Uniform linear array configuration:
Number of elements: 32
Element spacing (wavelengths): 0.75
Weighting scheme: binomial
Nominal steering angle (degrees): -15
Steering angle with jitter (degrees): -14.09
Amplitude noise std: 0.05
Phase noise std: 0.05

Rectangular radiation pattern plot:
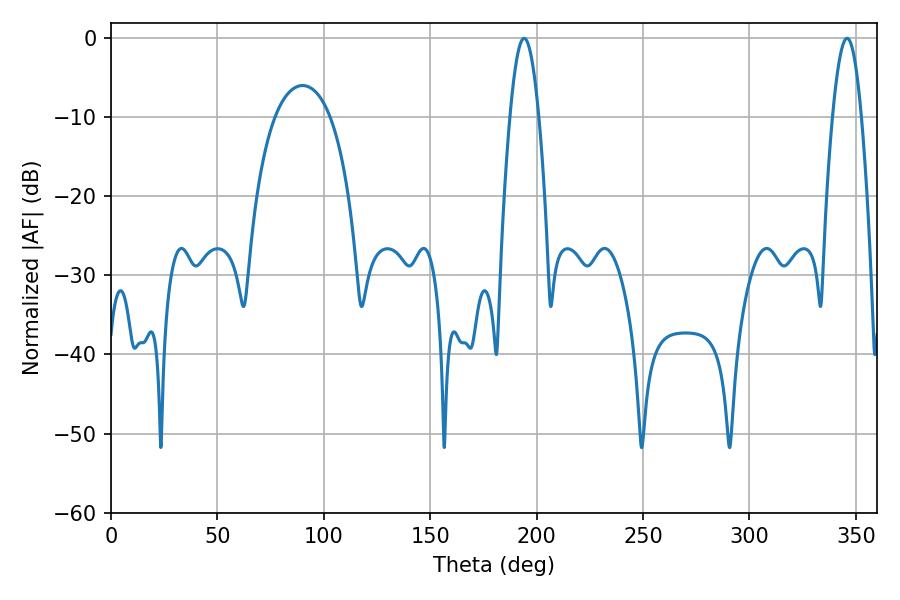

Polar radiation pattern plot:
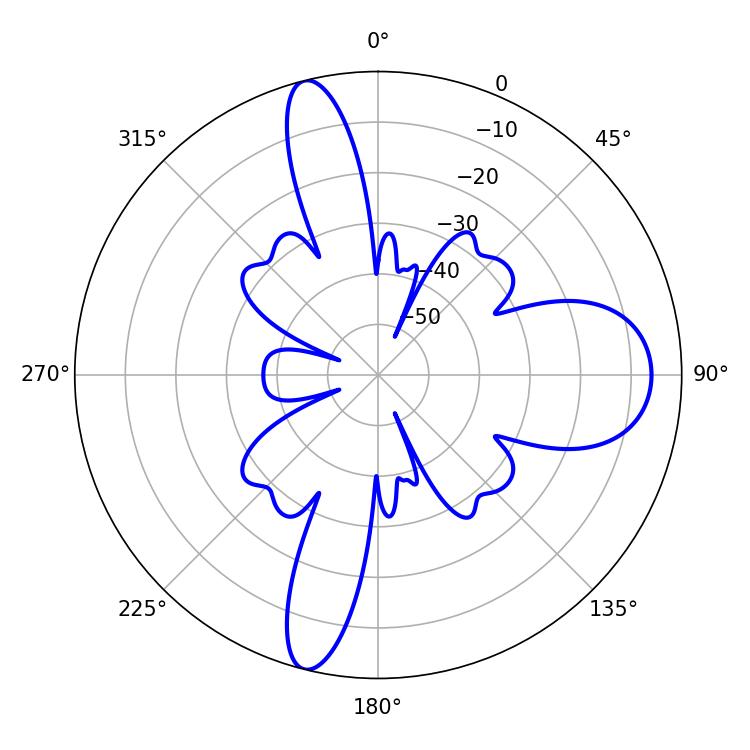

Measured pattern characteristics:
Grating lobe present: TRUE
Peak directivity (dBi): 17.776
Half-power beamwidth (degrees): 7.38
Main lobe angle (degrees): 194.04